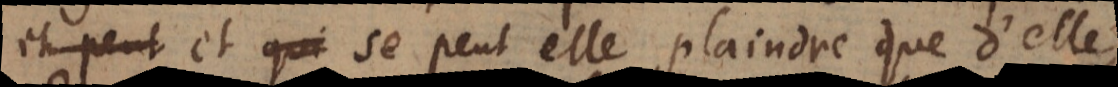
en peut mais? et se peut elle plaindre que d’elle